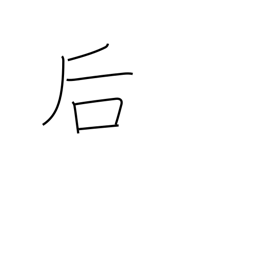
Meaning: back